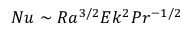
N u \sim R a ^ { 3 / 2 } E k ^ { 2 } P r ^ { - 1 / 2 }